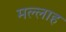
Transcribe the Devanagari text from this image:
मल्‍लाह